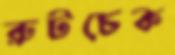
রুটচেক